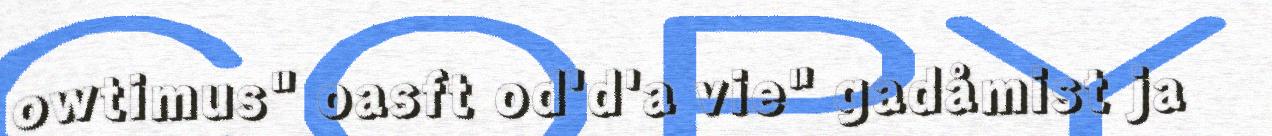
owtimus" oasft od'd'a vie" gadåmist ja